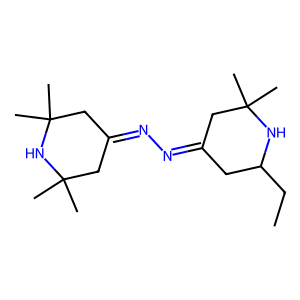
SMILES: CCC1CC(=NN=C2CC(C)(C)NC(C)(C)C2)CC(C)(C)N1
Inhibits HIV replication: No